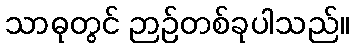
သာဓုတွင် ဉာဉ်တစ်ခုပါသည်။